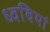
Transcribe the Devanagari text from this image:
ध्ववियां